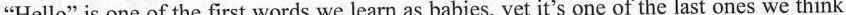
"Hello" is one of the first words we learn as babies, yet it's one of the last ones we think